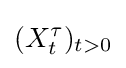
(X_{t}^{\tau })_{t>0}